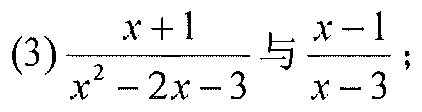
(3)$\dfrac{x + 1}{x^{2}-2x - 3}$与$\dfrac{x - 1}{x - 3}$；